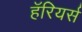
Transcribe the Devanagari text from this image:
हॅरियर्स